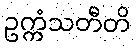
ဥက္ကံသတီတိ